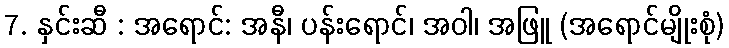
7. နှင်းဆီ : အရောင်: အနီ၊ ပန်းရောင်၊ အဝါ၊ အဖြူ (အရောင်မျိုးစုံ)